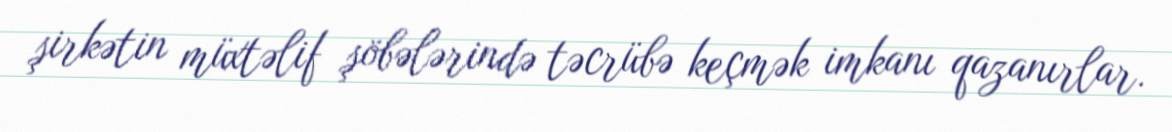
şirkətin müxtəlif şöbələrində təcrübə keçmək imkanı qazanırlar.